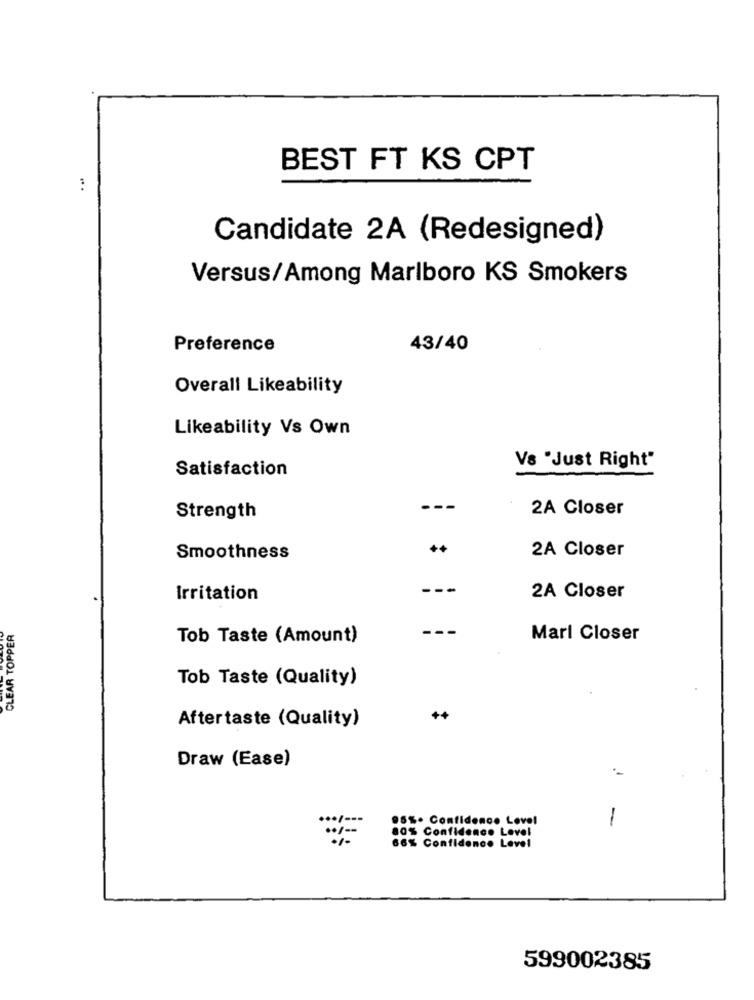
BEST FT KS CPT
Candidate 2A (Redesigned)
Versus/Among Marlboro KS Smokers
Preference
43/40
Overall Likeability
Likeability Vs Own
Vs "Just Right"
Satisfaction
---
2A Closer
Strength
+
2A Closer
Smoothness
---
Irritation
2A Closer
CLEAR TOPPER
--.
Tob Taste (Amount)
Marl Closer
Tob Taste (Quality)
Aftertaste (Quality)
++
Draw (Ease)
95%. Confidence Level
-
.. / --
80% Confidence Love!
66% Confidence Level
599002385